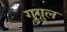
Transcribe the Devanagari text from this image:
गुगुल